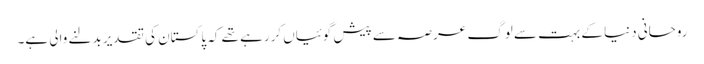
روحانی دنیا کے بہت سے لوگ عرصہ سے پیش گوئیاں کررہے تھے کہ پاکستان کی تقدیر بدلنے والی ہے۔